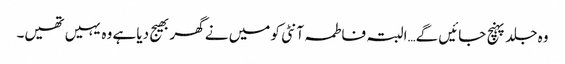
وہ جلد پہنچ جائیں گے…البتہ فاطمہ آنٹی کو میں نے گھر بھیج دیا ہے وہ یہیں تھیں۔